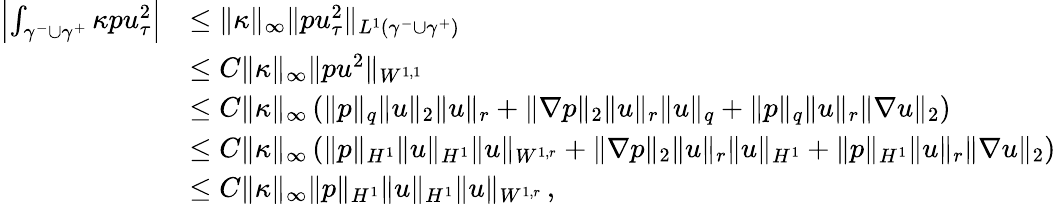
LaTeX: \begin{array}{rl}{\left|\int_{\gamma^{-}\cup\gamma^{+}}\kappa pu_{\tau}^{2}\right|}&{\leq\| \kappa\| _{\infty}\| pu_{\tau}^{2}\| _{L^{1}(\gamma^{-}\cup\gamma^{+})}}\\ &{\leq C\| \kappa\| _{\infty}\| pu^{2}\| _{W^{1,1}}}\\ &{\leq C\| \kappa\| _{\infty}\left(\| p\| _{q}\| u\| _{2}\| u\| _{r}+\| \nabla p\| _{2}\| u\| _{r}\| u\| _{q}+\| p\| _{q}\| u\| _{r}\| \nabla u\| _{2}\right)}\\ &{\leq C\| \kappa\| _{\infty}\left(\| p\| _{H^{1}}\| u\| _{H^{1}}\| u\| _{W^{1,r}}+\| \nabla p\| _{2}\| u\| _{r}\| u\| _{H^{1}}+\| p\| _{H^{1}}\| u\| _{r}\| \nabla u\| _{2}\right)}\\ &{\leq C\| \kappa\| _{\infty}\| p\| _{H^{1}}\| u\| _{H^{1}}\| u\| _{W^{1,r}}\, ,}\end{array}